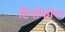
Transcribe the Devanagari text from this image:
टिनॉफोरा